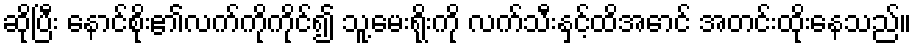
ဆိုပြီး နောင်စိုး၏လက်ကိုကိုင်၍ သူ့မေးရိုးကို လက်သီးနှင့်ထိအောင် အတင်းထိုးနေသည်။